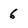
Character: 6